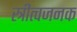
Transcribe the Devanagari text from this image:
स्त्रीत्वजनक